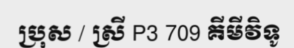
ប្រុស / ស្រី P3 709 គីមីវិទូ